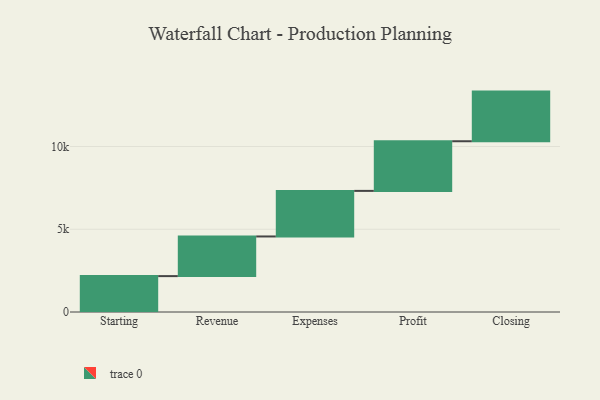
{"axis": {"x": "Step", "y": "Value"}, "legend": [""], "data": [{"x": "Starting", "y": 2169.0, "type": ""}, {"x": "Revenue", "y": 2396.0, "type": ""}, {"x": "Expenses", "y": 2754.0, "type": ""}, {"x": "Profit", "y": 3000, "type": ""}, {"x": "Closing", "y": 3000, "type": ""}]}